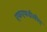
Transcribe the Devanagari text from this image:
एफएफडीसीए